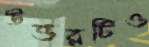
উত্তরটিও